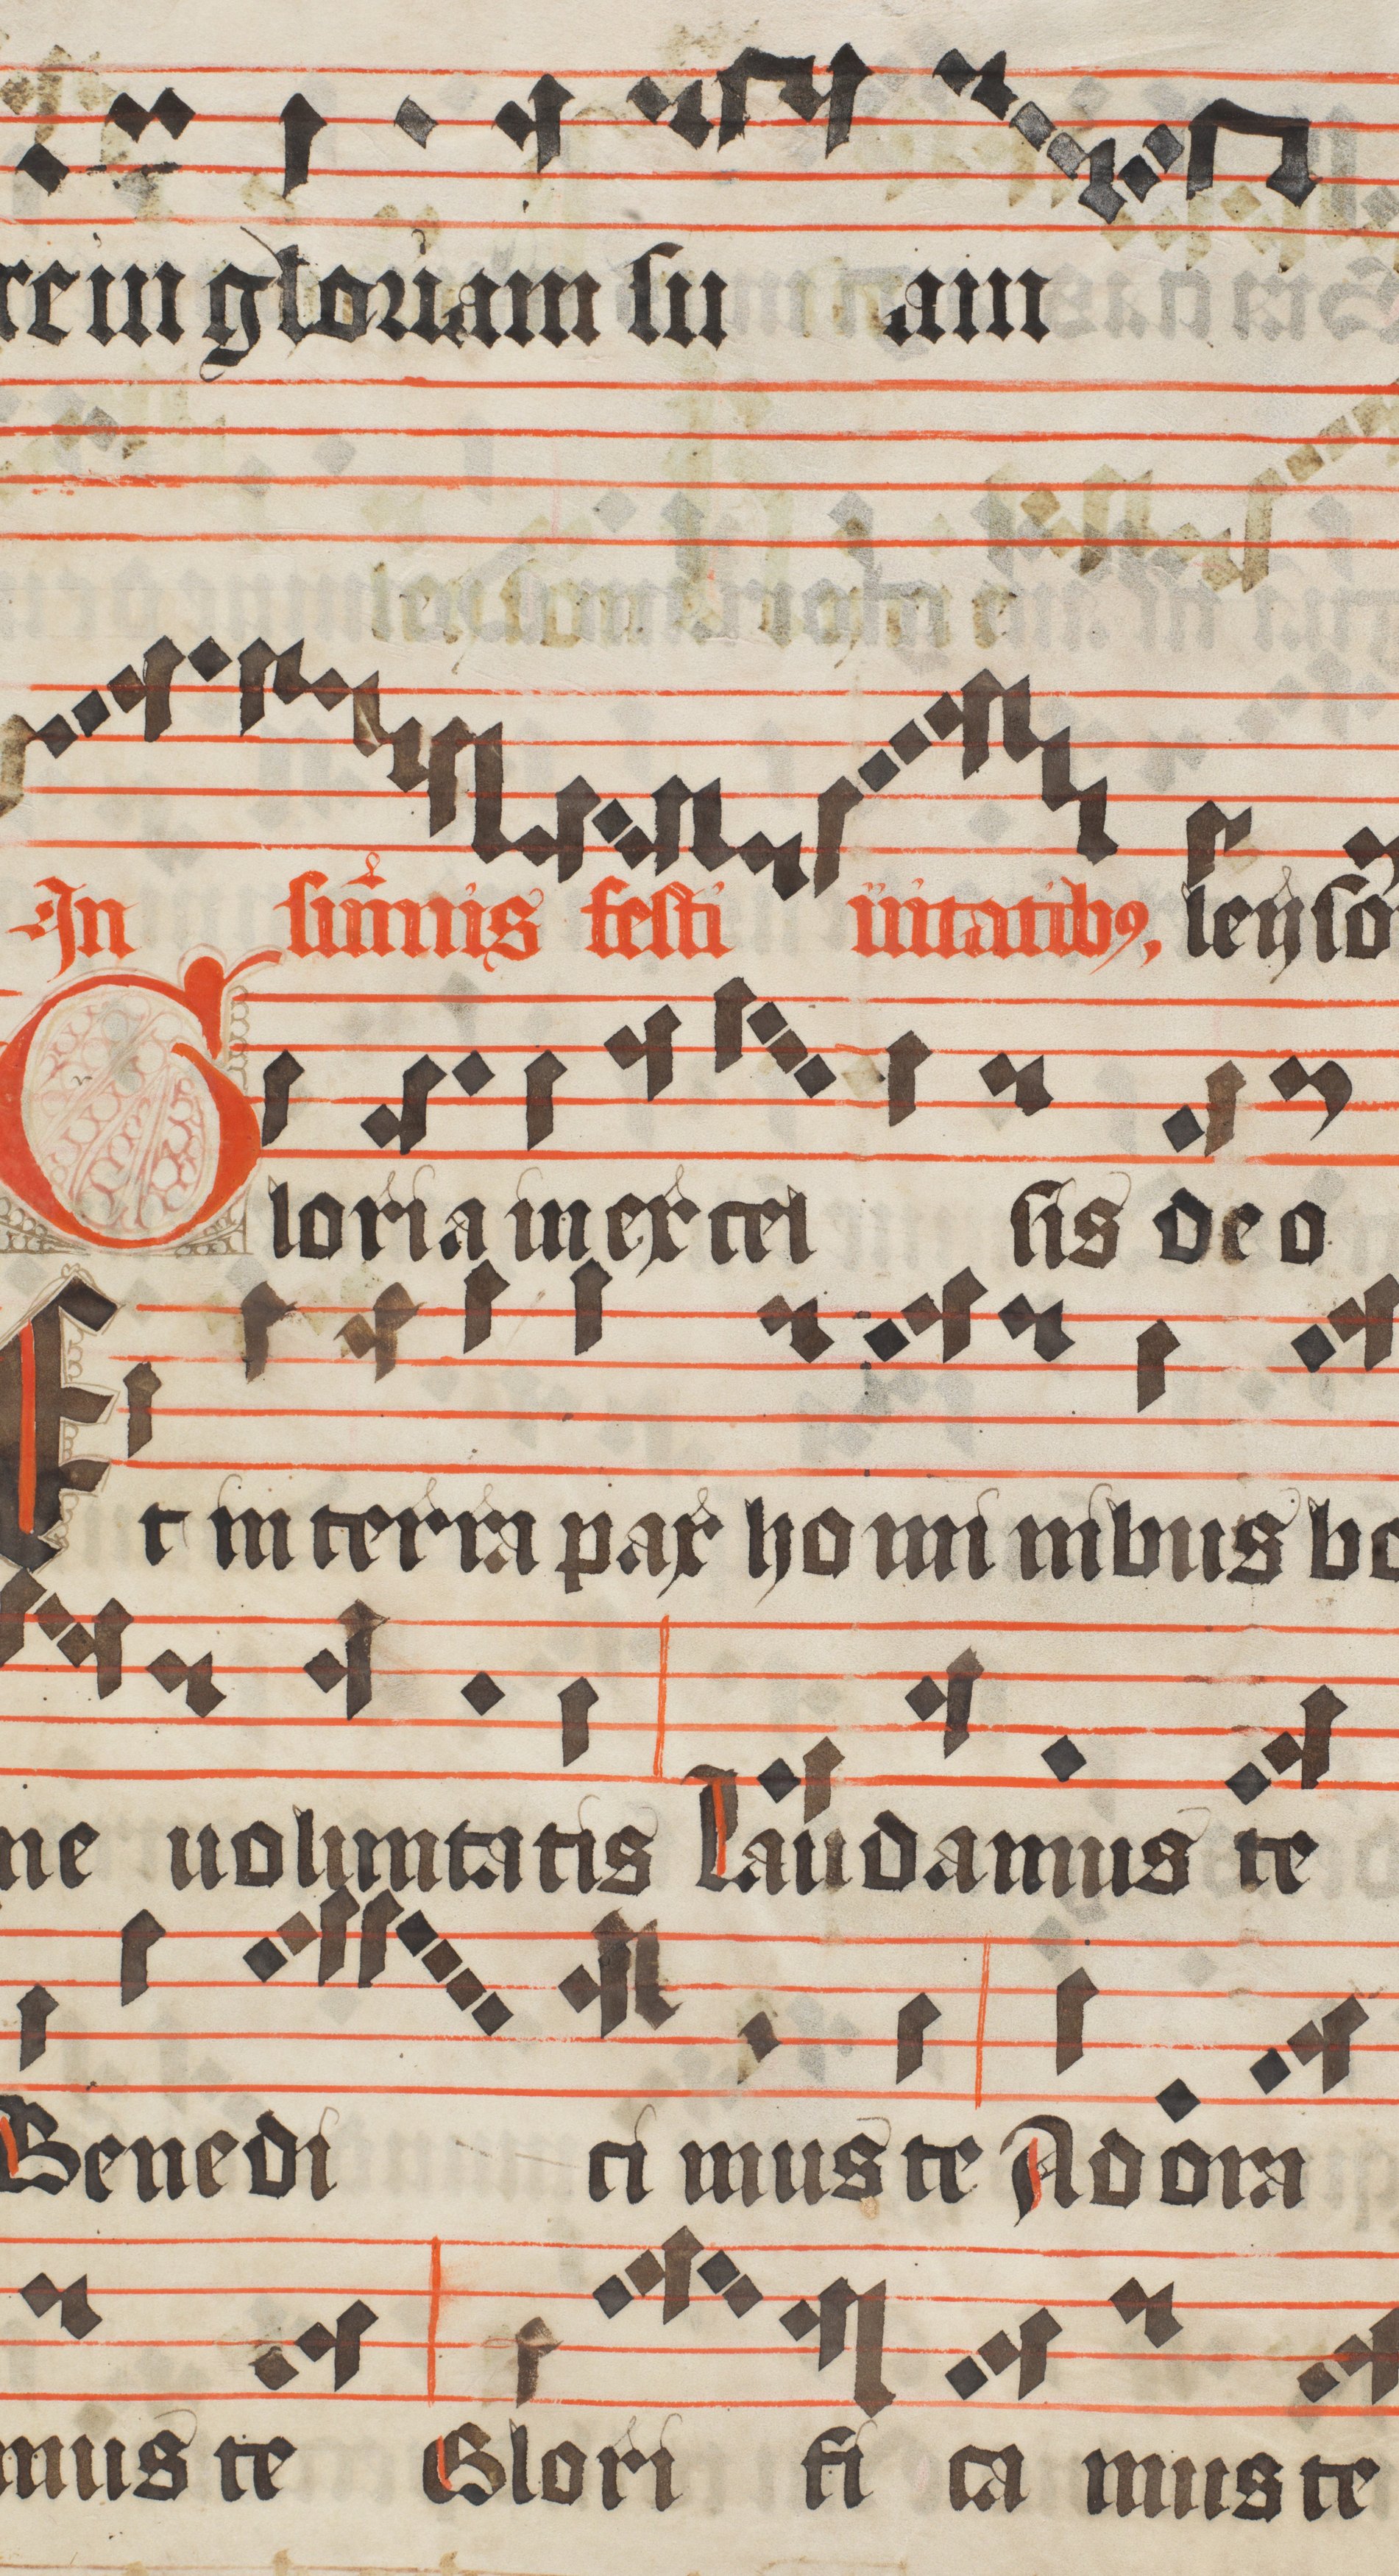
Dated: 1450–1599